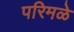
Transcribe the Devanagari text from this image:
परिमळे